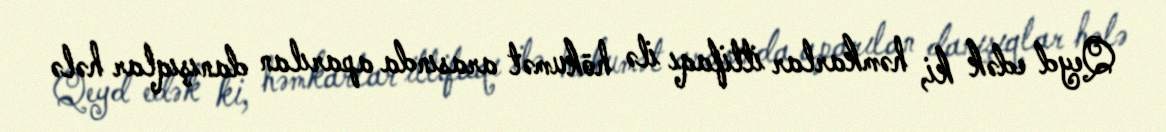
Qeyd edək ki, həmkarlar ittifaqı ilə hökumət arasında aparılan danışıqlar hələ